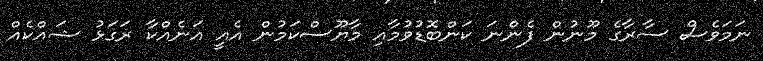
ނަމަވެސް ސާރާގެ މޫނުން ފެންނަ ކަންބޮޑުވުމާއި މާޔޫސްކަމުން އެއީ އަނެއްކާ ރަގަޅު ޝައްކެއް